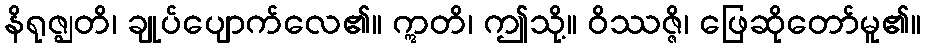
နိရုဇ္ဈတိ၊ ချုပ်ပျောက်လေ၏။ ဣတိ၊ ဤသို့။ ဝိဿဇ္ဇိ၊ ဖြေဆိုတော်မူ၏။